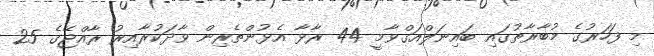
މި ފަހަރުގެ މުބާރާތުގައި ބައިނަލްއަގްވާމީ 44 ރާޅާ އެޅުންތެރިން ވާދަކުރާއިރު ރާއްޖޭގެ 25